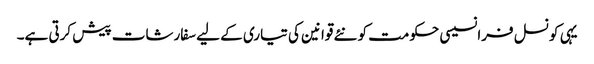
یہی کونسل فرانسیسی حکومت کو نئے قوانین کی تیاری کے لیے سفارشات پیش کرتی ہے۔